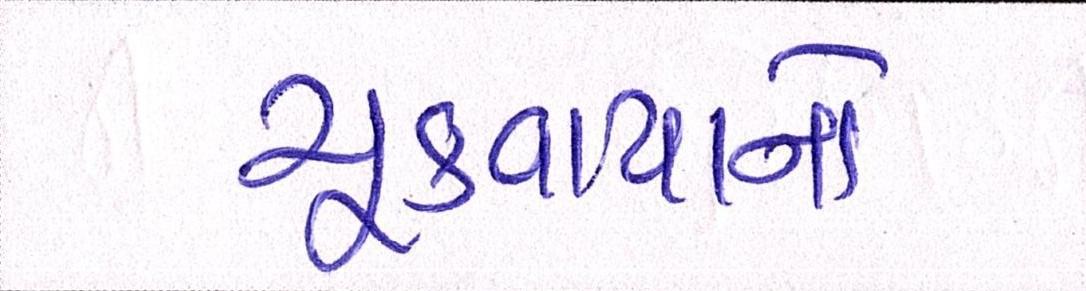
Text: ચૂકવાયાનો